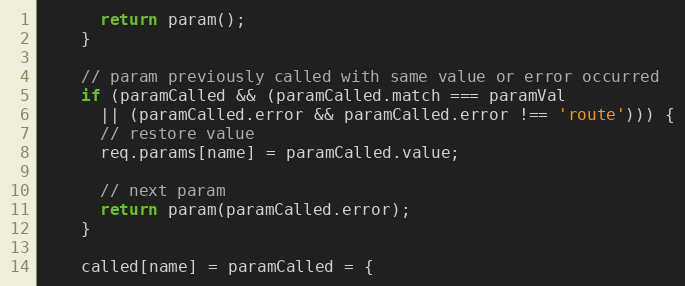
Language: JavaScript
      return param();
    }

    // param previously called with same value or error occurred
    if (paramCalled && (paramCalled.match === paramVal
      || (paramCalled.error && paramCalled.error !== 'route'))) {
      // restore value
      req.params[name] = paramCalled.value;

      // next param
      return param(paramCalled.error);
    }

    called[name] = paramCalled = {